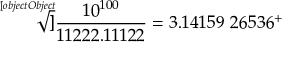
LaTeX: { \sqrt [ [object Object] ] { \frac { 1 0 ^ { 1 0 0 } } { 1 1 2 2 2 . 1 1 1 2 2 } } } = 3 . 1 4 1 5 9 \ 2 6 5 3 6 ^ { + }